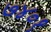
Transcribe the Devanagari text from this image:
७४०१